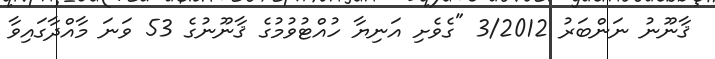
ޤާނޫނު ނަންބަރު 3/2012 "ގެވެށި އަނިޔާ ހުއްޓުވުމުގެ ޤާނޫނުގެ 53 ވަނަ މާއްދާގައިވާ